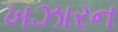
ખઝારન